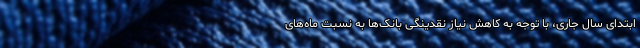
ابتدای سال جاری، با توجه به کاهش نیاز نقدینگی بانک‌ها به نسبت ماه‌های